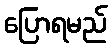
ပြောရမည်